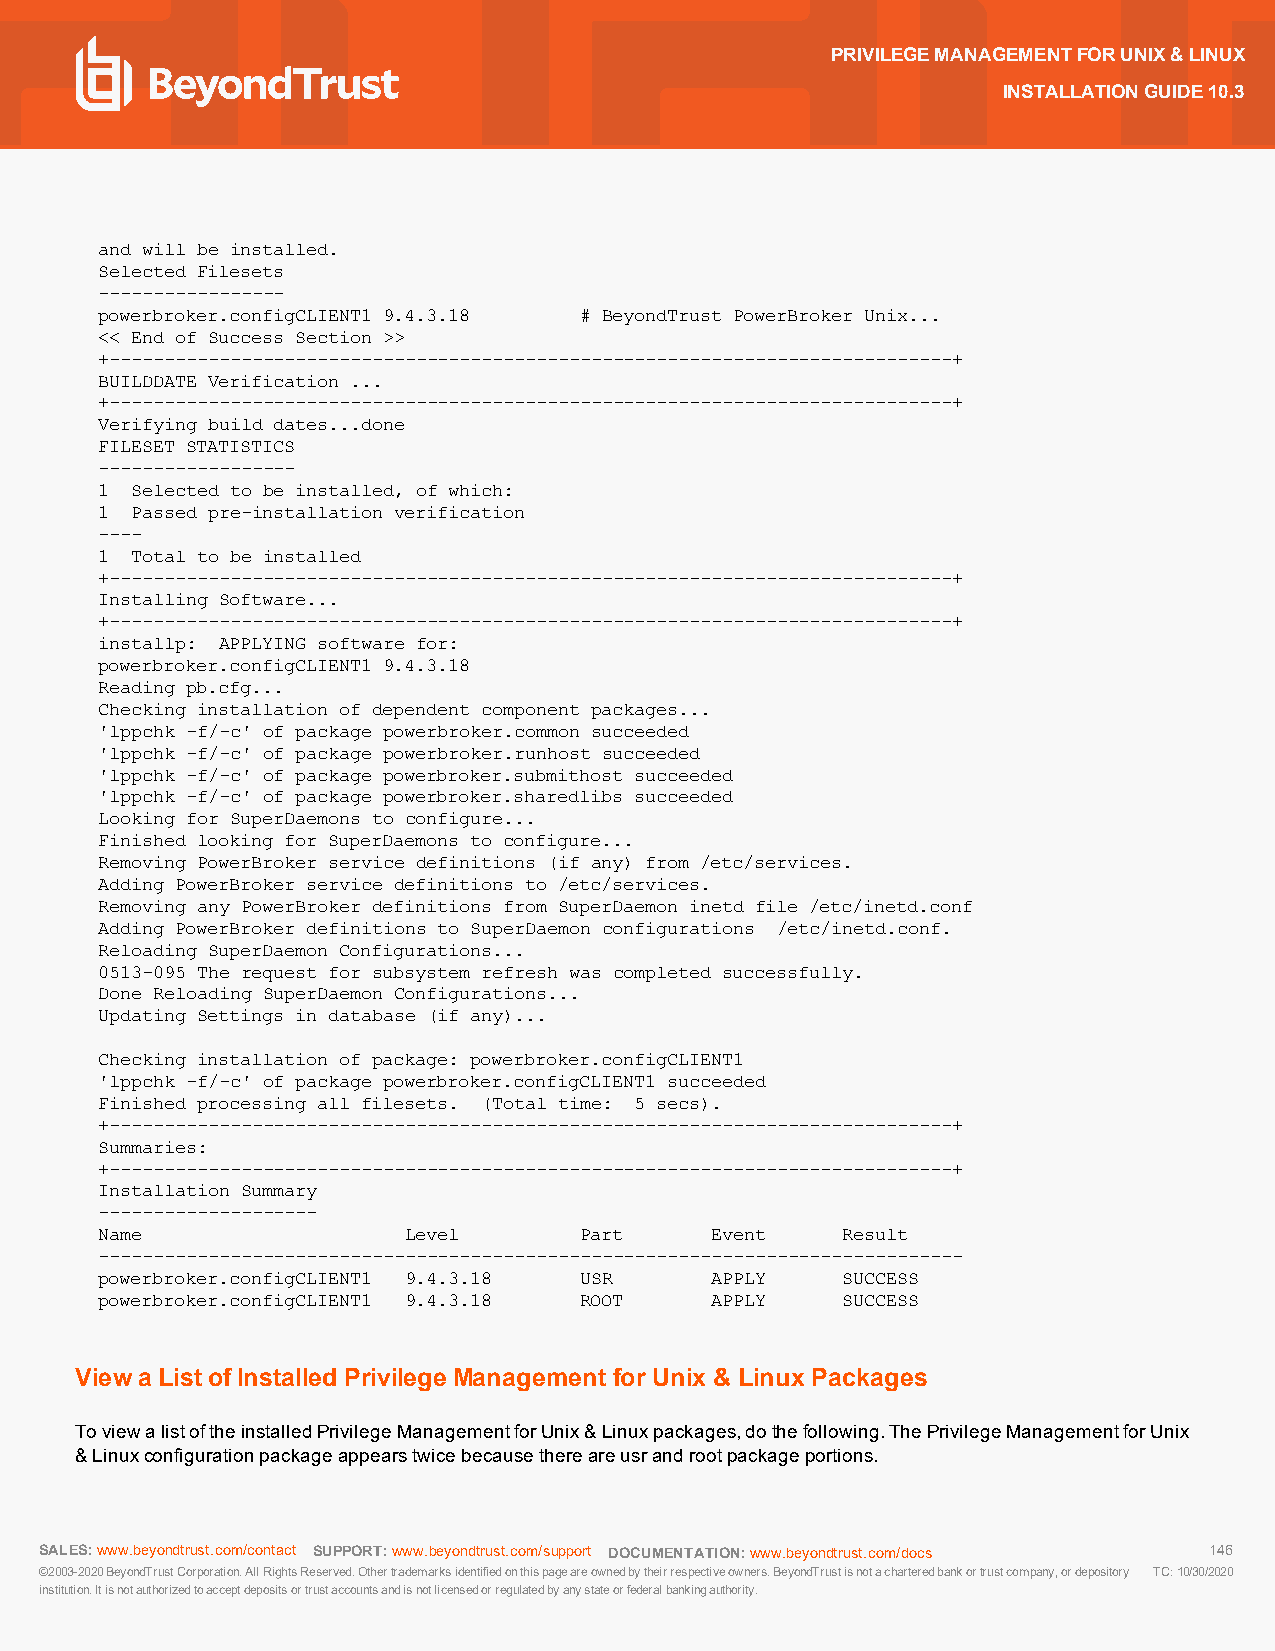
PRIVILEGEMANAGEMENTFORUNIX&LINUX
 INSTALLATIONGUIDE10.3
 and will be installed.
 Selected Filesets
 -----------------
 powerbroker.configCLIENT1 9.4.3.18 # BeyondTrust PowerBroker Unix...
 << End of Success Section >>
 +-----------------------------------------------------------------------------+
 BUILDDATE Verification ...
 +-----------------------------------------------------------------------------+
 Verifying build dates...done
 FILESET STATISTICS
 ------------------
 1 Selected to be installed, of which:
 1 Passed pre-installation verification
 ----
 1 Total to be installed
 +-----------------------------------------------------------------------------+
 Installing Software...
 +-----------------------------------------------------------------------------+
 installp: APPLYING software for:
 powerbroker.configCLIENT1 9.4.3.18
 Reading pb.cfg...
 Checking installation of dependent component packages...
 'lppchk -f/-c' of package powerbroker.common succeeded
 'lppchk -f/-c' of package powerbroker.runhost succeeded
 'lppchk -f/-c' of package powerbroker.submithost succeeded
 'lppchk -f/-c' of package powerbroker.sharedlibs succeeded
 Looking for SuperDaemons to configure...
 Finished looking for SuperDaemons to configure...
 Removing PowerBroker service definitions (if any) from /etc/services.
 Adding PowerBroker service definitions to /etc/services.
 Removing any PowerBroker definitions from SuperDaemon inetd file /etc/inetd.conf
 Adding PowerBroker definitions to SuperDaemon configurations /etc/inetd.conf.
 Reloading SuperDaemon Configurations...
 0513-095 The request for subsystem refresh was completed successfully.
 Done Reloading SuperDaemon Configurations...
 Updating Settings in database (if any)...
 Checking installation of package: powerbroker.configCLIENT1
 'lppchk -f/-c' of package powerbroker.configCLIENT1 succeeded
 Finished processing all filesets. (Total time: 5 secs).
 +-----------------------------------------------------------------------------+
 Summaries:
 +-----------------------------------------------------------------------------+
 Installation Summary
 --------------------
 Name                Level      Part     Event    Result
 -------------------------------------------------------------------------------
 powerbroker.configCLIENT1 9.4.3.18 USR  APPLY    SUCCESS
 powerbroker.configCLIENT1 9.4.3.18 ROOT APPLY    SUCCESS
 Viewa ListofInstalled Privilege ManagementforUnix & Linux Packages
 ToviewalistoftheinstalledPrivilegeManagementforUnix&Linuxpackages,dothefollowing.ThePrivilegeManagementforUnix
 &Linuxconfigurationpackageappearstwicebecausethereareusrandrootpackageportions.
 SALES:www.beyondtrust.com/contact SUPPORT:www.beyondtrust.com/support DOCUMENTATION:www.beyondtrust.com/docs 146
 ©2003-2020BeyondTrustCorporation.AllRightsReserved.Othertrademarksidentifiedonthispageareownedbytheirrespectiveowners.BeyondTrustisnotacharteredbankortrustcompany,ordepository TC:10/30/2020
 institution.Itisnotauthorizedtoacceptdepositsortrustaccountsandisnotlicensedorregulatedbyanystateorfederalbankingauthority.